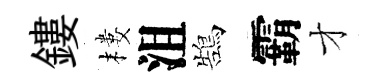
鏤樓沮鵠霸才